Vaccination United Provinces of Agra and Oudh 1902-1913 - 1902-1913
Year: 1902
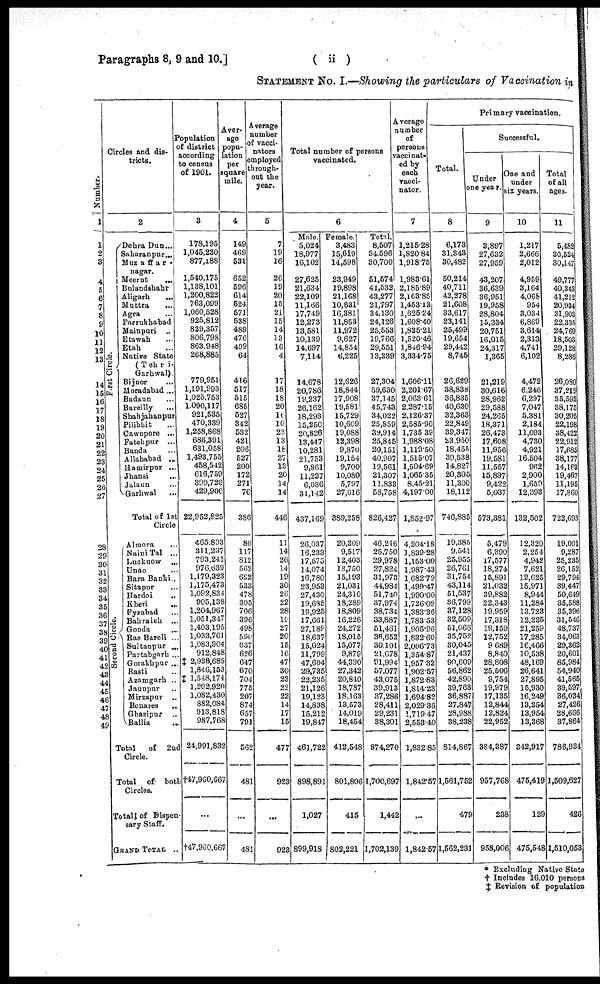
Paragraphs 8, 9 and 10.]
( ii)
STATEMENT No. I.—Showing the particulars of Vaccination in
Number.
1
1
2
3
4
5
6
7
8
9
10
11
12
13
14
15
16 17
18
19
20
21
22
23
24
25
26
27
28
29
30
31
32
33
34
35
36
37 38
39 40
41
42
43
44
45
46
47
48
49
Circles and dis-
tricts.
2
First
Circle.
Second Circle.
Dehra Dun...
Saharanpur...
Muzaffar¬
nager.
Meerut
...
Bulandshahr
Aligarh ...
Muttra ...
Agra ...
Farrukhabad
Mainpuri ...
Etawah ...
Etah ...
Native State
(Tehri¬
Garhwal).
Bijnor ...
Moradabad...
Badaun ...
Bareilly...
Shahjahanpur
Pilibhit ...
Cawnpore ...
Fatehpur
...
Banda ...
Allahabad ...
Hamirpur ...
Jhansi ...
Jalaun ...
Garhwal ...
Total of 1st
Circle
Almora ...
NainiTal ...
Lucknow ...
Unao ...
Bara Banki ...
Sitapur ...
Hardoi ...
Kheri
...
Fyzabad ...
Bahraich ...
Gonda ...
Rae Bareli ...
Sultanpur ...
Partabgarh ...
Gorakhpur ...
Basti ...
Azamgarh ...
Jaunpur ...
Mirzapur ...
Benares ...
Ghazipur ...
Ballia...
Total of 2nd
Circle.
Total
of both
Circles.
Total of Dispen¬
sary Staff.
GRAND TOTAL...
Population
of district
according
to census
of 1901.
3
178,195
1,045,230
877,188
1,540,175
1,138,101
1,200,822
763,099
1,060,528
925,812
829,357
806,798
863,948
268,885
779,951
1,191,993
1,025,753
1,090,117
921,535
470,339
1,258,868
686,391
631,058
1,493,755
458,542
616,759
399,726
429,900
22,952,825
465,893
311,237
793,241
976,639
1,179,323
1,175,473
1,092,834
905,138
1,204,967
1,051,347
1,403,195
1,033,761
1,083,904
912,848
‡ 2,938,685
1,846,153
‡ 1,548,174
1,202,920
1,082,430
882,084
913,818
987,768
24,991,832
†47,960,667
...
†47,960,667
Aver¬
age
popu¬
lation
Per
square
mile.
4
149
469
531
652
596
614
524
571
538
489
476
499
64
416
517
515
685
527
342
532
421
206
527
200
172
271
76
386
86
117
812
562
692
533
478
305
706
396
498
590
637
626
647
670
704
775
207
874
657
791
562
481
...
481
Average
number
of vacci¬
nators
employed
through¬
out the
year.
5
7
19
16
26
19
20
15
21
15
14
13
16
4
17
18
18
20
16
10
23
13
18
27
13
20
14
14
446
11
14
26
14
19
30
26
22
28
19
27
20
15
16
47
30
23
22
22
14
17
15
477
923
...
923
Total number of persons
vaccinated.
6
Male.
5,024
18,977
16,102
27,625
21,634
22,109
11,166
17,749
12,273
13,581
10,139
14,697
7,114
14,678
20,786
19,237
26,162
18,293
15,250
20,826
13,447
10,281
21,753
9,861
11,227
6,036
31,142
437,169
26,037
16,233
17,575
14,074
16,780
23,953
27,430
19,685
19,925
17,661
27,189
18,637
15,024
11,799
47,604
29,735
22,235
21,126
19,123
14,838
15,212
19,847
461,722
898,891
1,027
899,918
Female.
3,483
15,619
14,598
23,949
19,898
21,168
10,631
16,381
11,853
11,972
9,627
14,854
6,225
12,626
18,844
17,908
19,581
15,729
10,609
19,088
12,398
9,870
19,154
9,700
10,080
5,797
27,616
389,258
20,209
9,517
12,403
13,750
15,193
21,031
24,310
18,289
18,809
16,226
24,272
18,015
15,077
9,879
44,390
27,342
20,840
18,787
18,163
13,573
14,019
18,454
412,548
801,806
415
802,221
Total.
8,507
34,596
30,700
51,574
41,532
43,277
21,797
34,130
24,126
25,553
19,766
29,551
13,339
27,304
39,630
37,145
45,743
34,022
25,859
39,914
25,845
20,151
40,907
19,561
21,307
11,833
58,758
826,427
46,246
25,750
29,978
27,824
31,973
44,984
51,740
37,974
38,734
33,887
51,461
36,652
30,101
21,678
91,994
57,077
43,075
39,913
37,286
28,411
29,231
38,301
874,270
1,700,697
1,442
1,702,139
Average
number
of
persons
vaccinat¬
ed by
each
vacci¬
nator.
7
1,215.28
1,820.84
1,918.75
1,983.61
2,185.89
2,163.85
1,453.13
1,625.24
1,608.40
1,825.21
1,520.46
1,846.94
3,334.75
1,606.11
2,201.67
2,063.61
2,287.15
2,126.37
2,585.90
1,735.39
1,988.08
1,119.50
1,515.07
1,504.69
1,065.35
8,45.21
4,197.00
1,852.97
4,204.18
1,839.28
1,153.00
1,987.43
1 682.79
1,499.47
1,990.00
1,726.09
1,383.36
1,783.53
1,905.96
1,832.60
2,006.73
1,354.87
1,957.32
1,902.67
1,872.83
1,814.23
1,694.82
2,029.36
1,719.47
2,553.40
1,832.85
1,842.67
...
1,842.57
Primary vaccination.
Total.
8
6,173
31,843
30,482
50,214
40,711
42,278
21,608
33,617
23,141
25,499
19,654
29,442
8,745
26,629
38,838
36,835
40,630
32,363
22,849
39,347
23,950
18,455
39,538
14,827
20,305
11,300
18,112
746,885
19,385
9,541
25,955
26,761
31,754
43,114
51,537
36,799
37,128
32,509
51,066
35,752
30,045
21,437
90,609
56,862
42,890
39,763
36,887
27,847
28,988
38,238
814,867
1,561,752
479
1,562,231
Successful.
Under
one year.
9
3,897
27,632
27,959
43,207
36,639
36,951
19,958
28,804
15,334
20,751
16,015
24,317
1,365
21,219
30,616
28,962
29,588
24,265
18,371
26,473
17,608
11,956
19,581
11,557
15,897
9,422
5,037
573,381
5,479
6,390
17,577
18,274
16,891
21,032
39,882
22,343
19,959
17,318
19,159
12,752
9,689
8,840
28,808
25,506
9,754
19,979
17,135
12,844
12,824
22,952
384,387
957,768
238
958,006
One and
under
six years.
10
1,217
2,666
2,012
4,959
3,164
4,068
954
3,034
6,869
3,6144
2,313
4,741
6,102
4,472
6,246
6,297
7,047
5,381
2,184
11,093
4,730
4,921
16,504
962
2,900
1,659
12,393
132,502
12,320
2,254
4,942
7,621
12,625
15,971
8,944
11,284
13,723
12,225
21,259
17,285
16,466
10,538
48,169
26,641
27,895
15,930
16,249
13,254
13,954
13,368
342,917
475,419
129
475,548
Total
of all
ages.
11
5,482
30,524
30,147
49,777
40,343
41,212
20,934
31,903
22,335
24,769
18,503
29,128
8,286
26,080
37,219
35,592
38,175
30,205
22,198
38,422
22,912
17,685
38,177
14,163
19,467
11,195
17,860
722,693
19,001
9,287
25,235
26,152
29,794
39,447
50,649
35,588
35,396
31,546
48,737
34,063
29,362
20,601
85,984
54,940
41,565
39,597
36,034
27,426
28,666
37,864
786,934
1,509,627
426
1,510,053
* Excluding Native State
† Includes 16,010 persons
‡ Revision of population